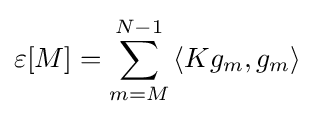
\varepsilon [M]=\sum _{m=M}^{N-1}{\left\langle Kg_{m},g_{m}\right\rangle }